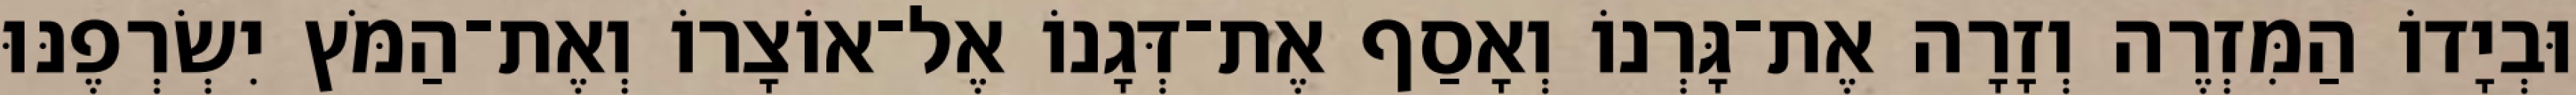
וּבְיָדוֹ הַמִּזְרֶה וְזָרָה אֶת־גָּרְנוֹ וְאָסַף אֶת־דְּגָנוֹ אֶל־אוֹצָרוֹ וְאֶת־הַמֹּץ יִשְׂרְפֶנּוּ